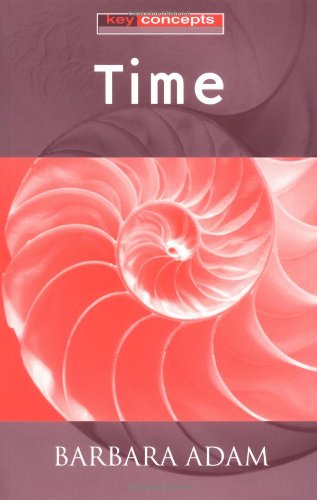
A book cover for Time; Barbara Adam; Science & Math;